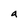
Character: a